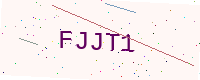
Text: FJJT1